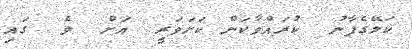
ކަލޭގެފާނު  ކުރައްވާކަން ކަށަވަރީ  އަށް  ވެ  ގައި